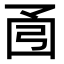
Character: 𫸭